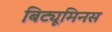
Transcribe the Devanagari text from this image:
बिट्यूमिनस